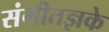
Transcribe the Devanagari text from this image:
संगीतज्ञके